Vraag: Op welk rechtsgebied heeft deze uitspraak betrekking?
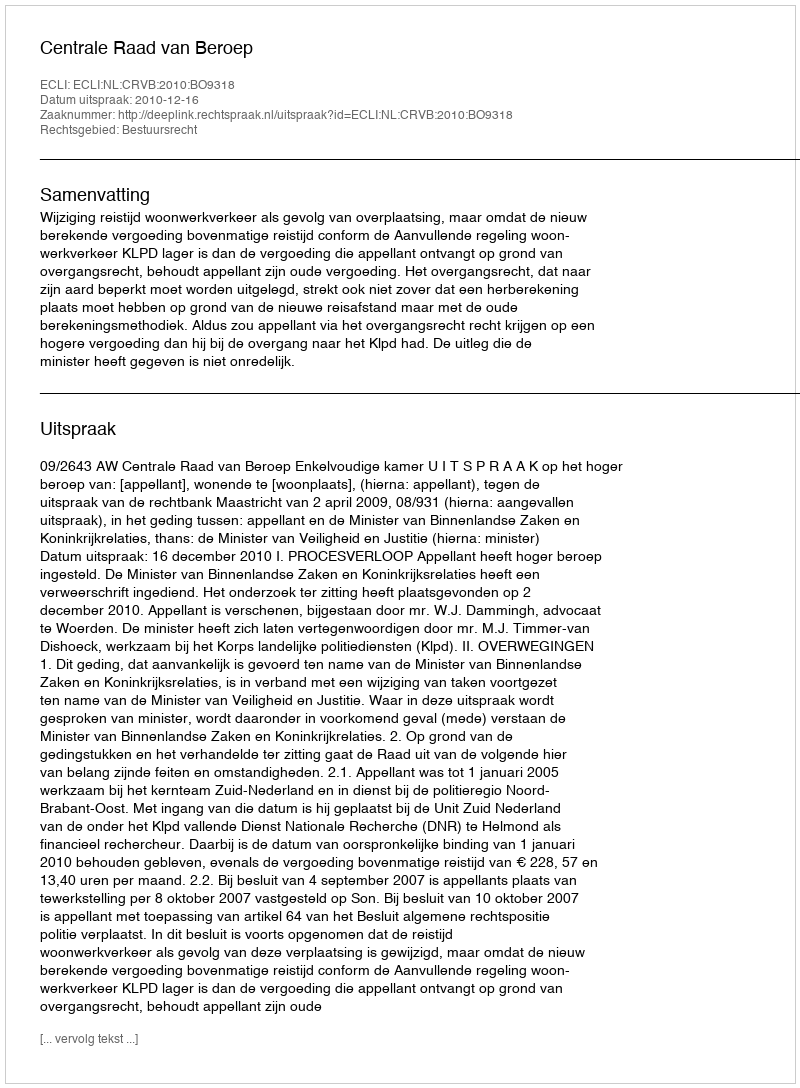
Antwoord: Bestuursrecht